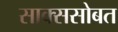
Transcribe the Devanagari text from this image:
साक्ससोबत